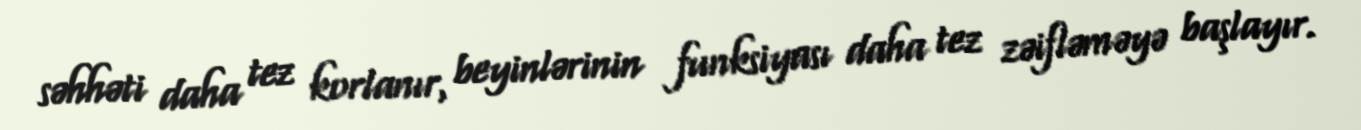
səhhəti daha tez korlanır, beyinlərinin funksiyası daha tez zəifləməyə başlayır.